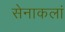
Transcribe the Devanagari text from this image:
सेनाकलां